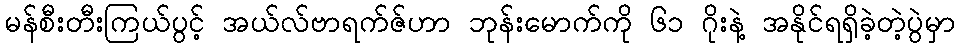
မန်စီးတီးကြယ်ပွင့် အယ်လ်ဗာရက်ဇ်ဟာ ဘုန်းမောက်ကို ၆၁ ဂိုးနဲ့ အနိုင်ရရှိခဲ့တဲ့ပွဲမှာ